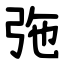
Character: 㢮